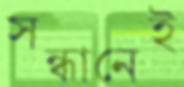
সন্ধানেই